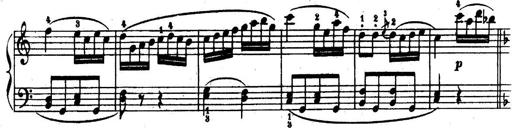
Title: 6 Piano Sonatinas
Composer: Cornelius Gurlitt